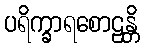
ပရိက္ခာရစောဠန္တိ